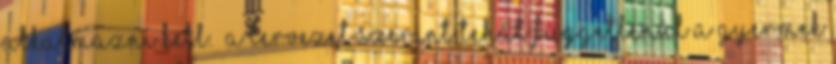
alkalmazni kell.” A tervezet szerint tehát függetlenül a gyermek